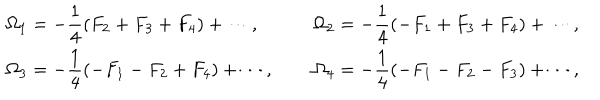
LaTeX: \renewcommand { \arraystretch } { 2 } \begin{array} { l c l } { { \displaystyle \Omega _ { 1 } = - \frac { 1 } { 4 } ( F _ { 2 } + F _ { 3 } + F _ { 4 } ) + \cdots , } } & { { ~ } } & { { \displaystyle \Omega _ { 2 } = - \frac { 1 } { 4 } ( - F _ { 1 } + F _ { 3 } + F _ { 4 } ) + \cdots , } } \\ { { \displaystyle \Omega _ { 3 } = - \frac { 1 } { 4 } ( - F _ { 1 } - F _ { 2 } + F _ { 4 } ) + \cdots , } } & { { ~ } } & { { \displaystyle \Omega _ { 4 } = - \frac { 1 } { 4 } ( - F _ { 1 } - F _ { 2 } - F _ { 3 } ) + \cdots , } } \\ \end{array}